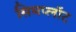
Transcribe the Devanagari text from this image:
सिमप्लॉट